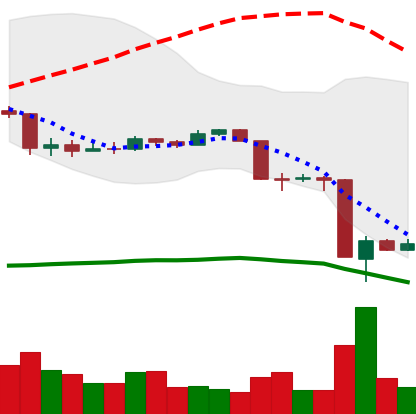
Ticker: EOS-USD
Chart end date: 2020-03-15
Forward return: 7.499%
Label: up_7plus